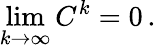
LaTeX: \operatorname*{lim}_{k\rightarrow\infty}C^{k}=0\, .